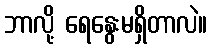
ဘာလို့ ရေနွေးမရှိတာလဲ။